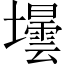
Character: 壜